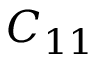
C _ { 1 1 }